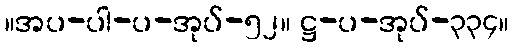
။အပ-ပါ-ပ-အုပ်-၅၂။ ဋ္ဌ-ပ-အုပ်-၃၃၄။